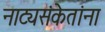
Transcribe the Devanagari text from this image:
नाट्यसंकेतांना